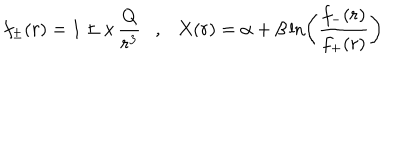
LaTeX: f _ { \pm } ( r ) = 1 \pm x \, \frac { Q } { r ^ { 3 } } , X ( r ) = \alpha + \beta \ln \left( \frac { f _ { - } ( r ) } { f _ { + } ( r ) } \right)